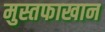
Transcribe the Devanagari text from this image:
मुस्तफाखान